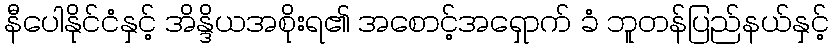
နီပေါနိုင်ငံနှင့် အိန္ဒိယအစိုးရ၏ အစောင့်အရှောက် ခံ ဘူတန်ပြည်နယ်နှင့်